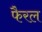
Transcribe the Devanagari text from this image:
फैरल